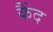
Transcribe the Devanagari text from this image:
कैंद